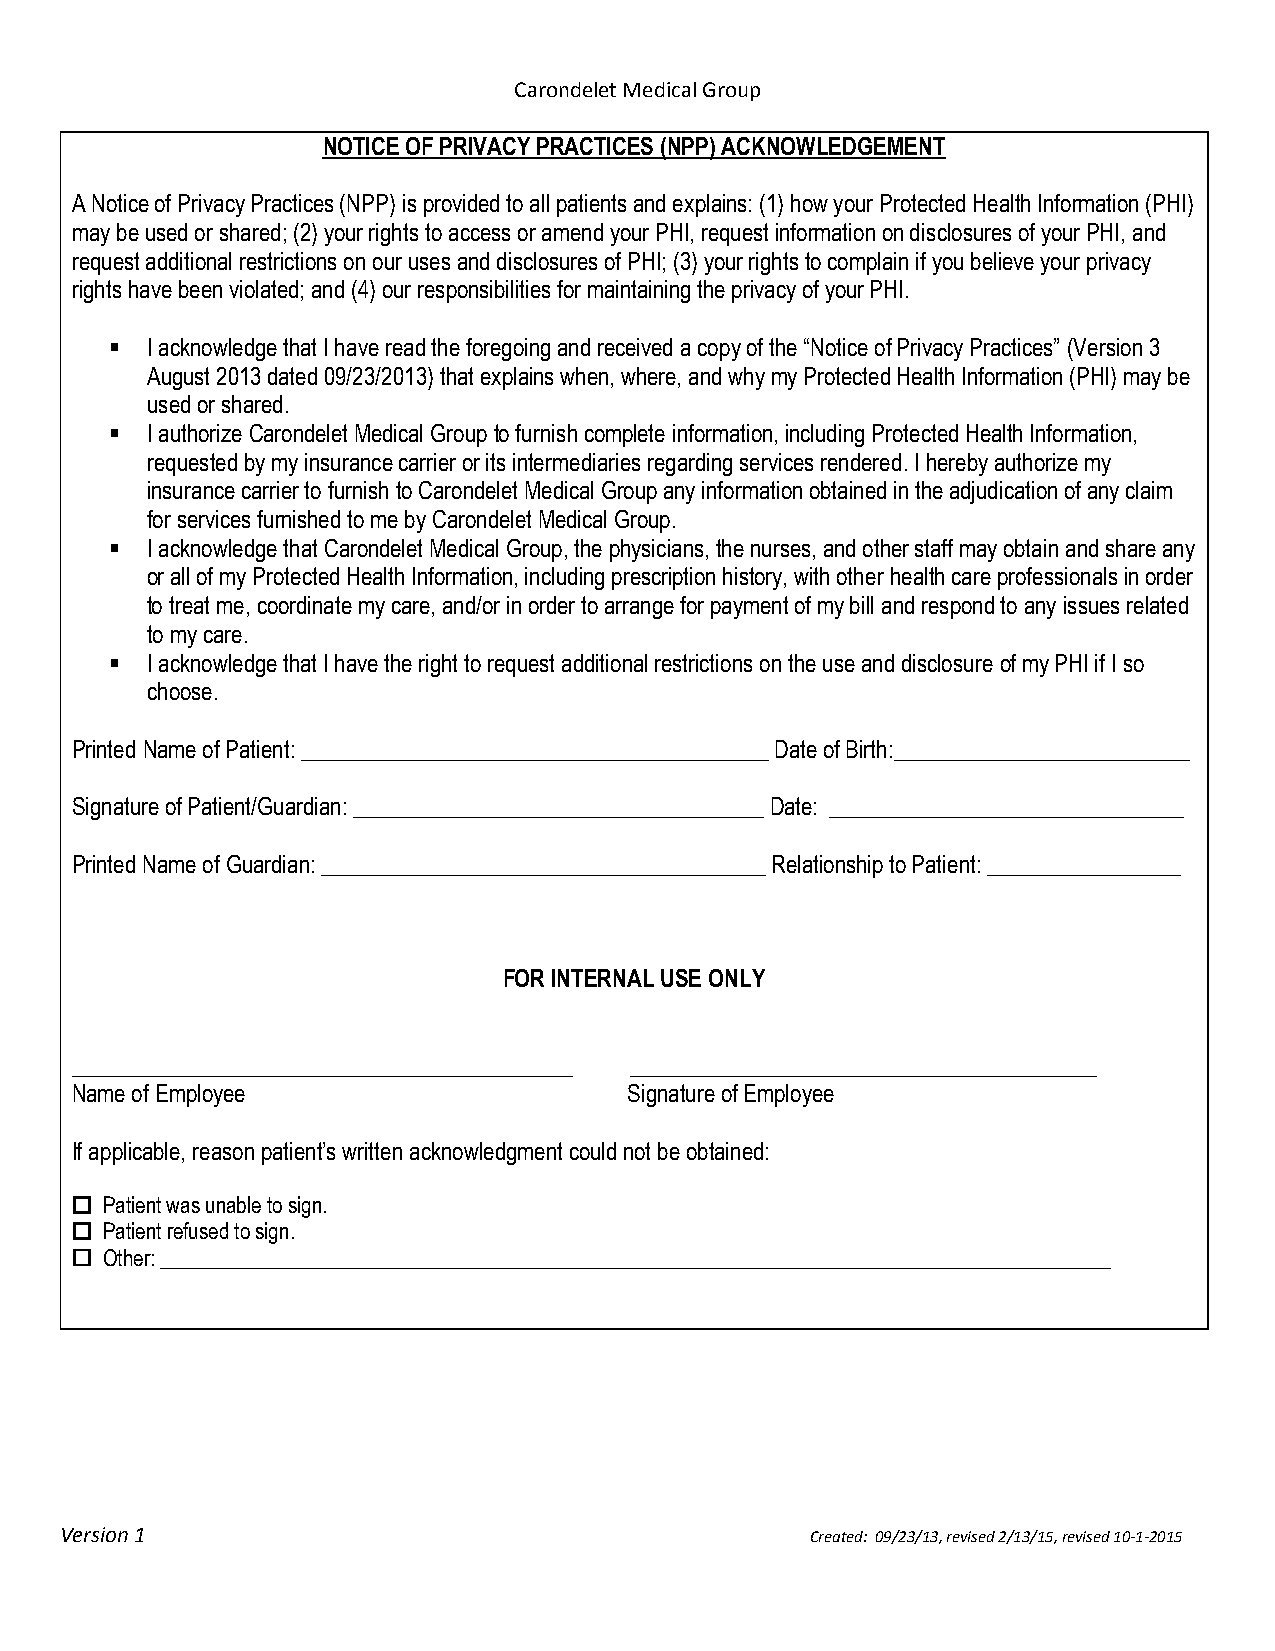
Carondelet Medical Group
 NOTICE OF PRIVACY PRACTICES (NPP) ACKNOWLEDGEMENT
 A Notice of Privacy Practices (NPP) is provided to all patients and explains: (1) how your Protected Health Information (PHI)
 may be used or shared; (2) your rights to access or amend your PHI, request information on disclosures of your PHI, and
 request additional restrictions on our uses and disclosures of PHI; (3) your rights to complain if you believe your privacy
 rights have been violated; and (4) our responsibilities for maintaining the privacy of your PHI.
   I acknowledge that I have read the foregoing and received a copy of the “Notice of Privacy Practices” (Version 3
 August 2013 dated 09/23/2013) that explains when, where, and why my Protected Health Information (PHI) may be
 used or shared.
   I authorize Carondelet Medical Group to furnish complete information, including Protected Health Information,
 requested by my insurance carrier or its intermediaries regarding services rendered. I hereby authorize my
 insurance carrier to furnish to Carondelet Medical Group any information obtained in the adjudication of any claim
 for services furnished to me by Carondelet Medical Group.
   I acknowledge that Carondelet Medical Group, the physicians, the nurses, and other staff may obtain and share any
 or all of my Protected Health Information, including prescription history, with other health care professionals in order
 to treat me, coordinate my care, and/or in order to arrange for payment of my bill and respond to any issues related
 to my care.
   I acknowledge that I have the right to request additional restrictions on the use and disclosure of my PHI if I so
 choose.
 Printed Name of Patient: _________________________________________ Date of Birth:__________________________
 Signature of Patient/Guardian: ____________________________________ Date: _______________________________
 Printed Name of Guardian: _______________________________________ Relationship to Patient: _________________
 FOR INTERNAL USE ONLY
 ____________________________________________ _________________________________________
 Name of Employee                     Signature of Employee
 If applicable, reason patient’s written acknowledgment could not be obtained:
  Patient was unable to sign.
  Patient refused to sign.
  Other: ___________________________________________________________________________________________
 Version 1                                         Created: 09/23/13, revised 2/13/15, revised 10-1-2015